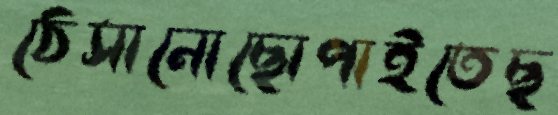
ঠেসানোছোপাইতেছ